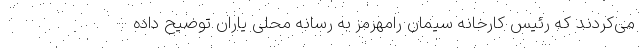
می‌کردند که رئیس کارخانه سیمان رامهرمز به رسانه محلی یاران توضیح داده